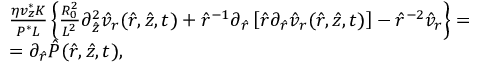
\begin{array} { r l } & { \frac { \eta v _ { z } ^ { * } K } { P ^ { * } L } \left\{ \frac { R _ { 0 } ^ { 2 } } { L ^ { 2 } } \partial _ { \hat { z } } ^ { 2 } \hat { v } _ { r } ( \hat { r } , \hat { z } , t ) + \hat { r } ^ { - 1 } \partial _ { \hat { r } } \left[ \hat { r } \partial _ { \hat { r } } \hat { v } _ { r } ( \hat { r } , \hat { z } , t ) \right] - \hat { r } ^ { - 2 } \hat { v } _ { r } \right\} = } \\ & { = \partial _ { \hat { r } } \hat { P } ( \hat { r } , \hat { z } , t ) , } \end{array}